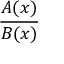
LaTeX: \frac { A ( x ) } { B ( x ) }